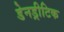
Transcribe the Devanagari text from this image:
डेनड्रीटिक